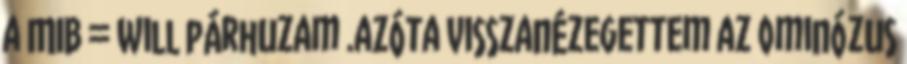
a MIB = Will párhuzam .azóta visszanézegettem az ominózus